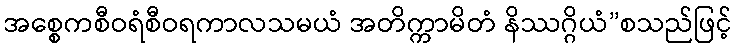
အစ္စေကစီဝရံစီဝရကာလသမယံ အတိက္ကာမိတံ နိဿဂ္ဂိယံ”စသည်ဖြင့်